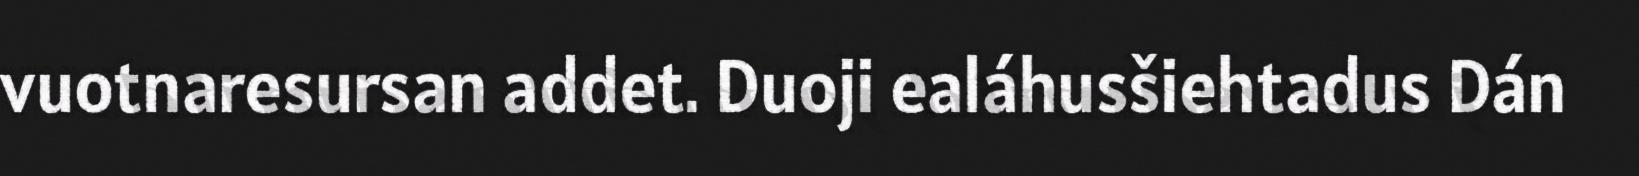
vuotnaresursan addet. Duoji ealáhusšiehtadus Dán